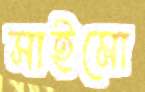
সাইমো